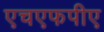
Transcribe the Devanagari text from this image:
एचएफपीए